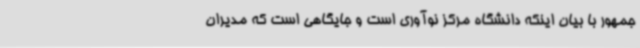
جمهور با بیان اینکه دانشگاه مرکز نوآوری است و جایگاهی است که مدیران